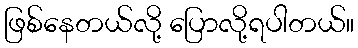
ဖြစ်နေတယ်လို့ ပြောလို့ရပါတယ်။